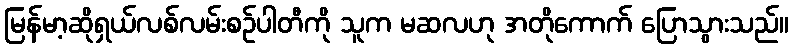
မြန်မာ့ဆိုရှယ်လစ်လမ်းစဉ်ပါတီကို သူက မဆလဟု အတိုကောက် ပြောသွားသည်။